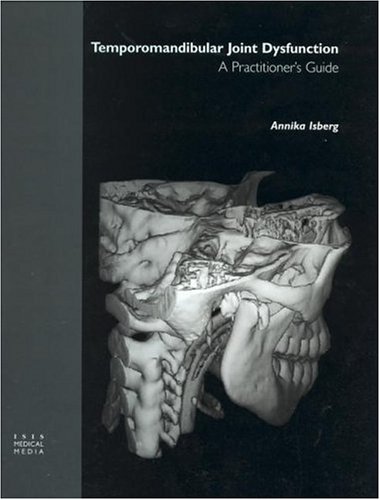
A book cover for Temporomandibular Joint Dysfunction: A Practitioner's Guide; Annika Isberg; Medical Books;